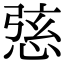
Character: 𢛆